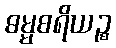
ဓမ္မစရိယဉ္စ